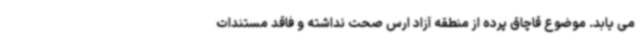
می یابد. موضوع قاچاق پرده از منطقه آزاد ارس صحت نداشته و فاقد مستندات